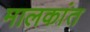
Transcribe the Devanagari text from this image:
मालकांत